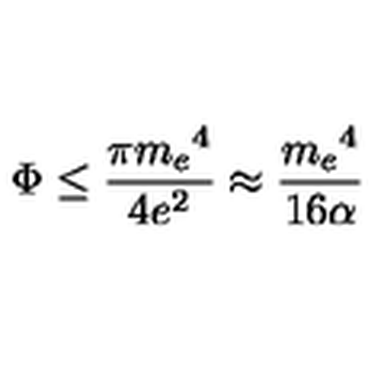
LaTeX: \Phi \leq \frac { \pi { m _ { e } } ^ { 4 } } { 4 e ^ { 2 } } \approx \frac { { m _ { e } } ^ { 4 } } { 1 6 \alpha }